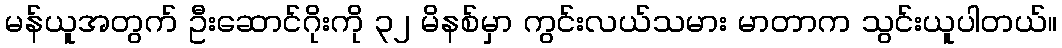
မန်ယူအတွက် ဦးဆောင်ဂိုးကို ၃၂ မိနစ်မှာ ကွင်းလယ်သမား မာတာက သွင်းယူပါတယ်။